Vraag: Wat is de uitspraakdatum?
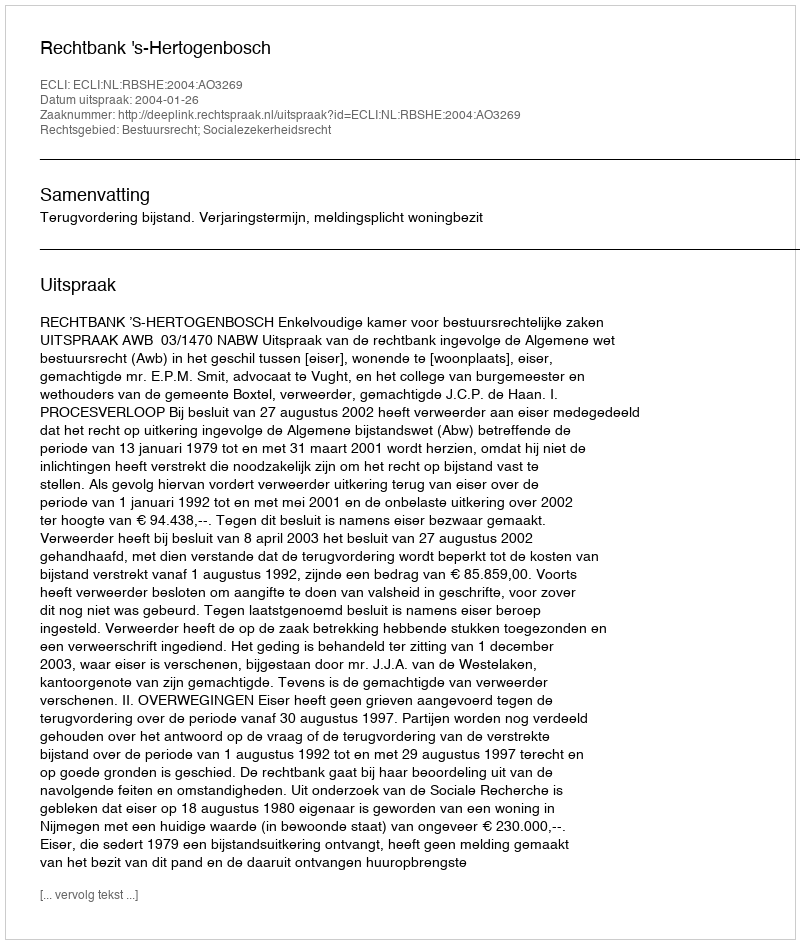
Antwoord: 2004-01-26